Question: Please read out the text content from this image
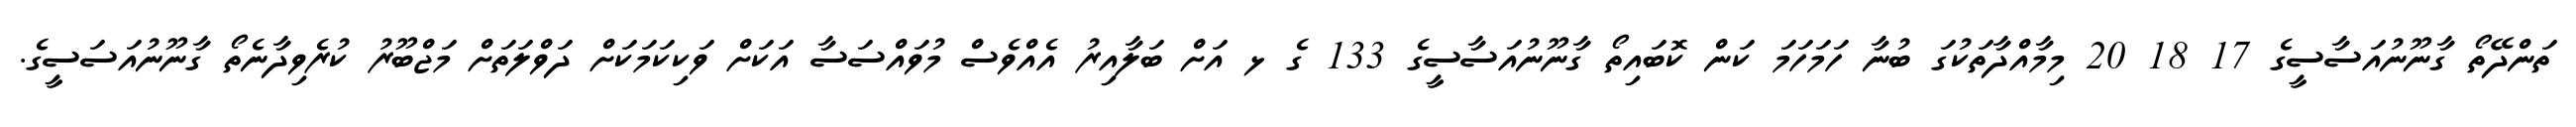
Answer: ތަންދޭތޯ ގާނޫނުއަސާސީގެ 17 18 20 މިމާއްދާތަކުގަ ބުނާ ހަމަހަމަ ކަން ކޮބައިތޯ ގާނޫނުއަސާސީގެ 133 ގެ ޅ އަށް ބަލާއިރު އެއްވެސް މުވައްސަސާ އަކަށް ވަކިކަމަކަށް ދަވްލަތަށް މަޖްބޫރު ކުރެވިދާނެތޯ ގާނޫނުއަސަސީގެ.